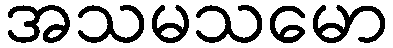
အသမသမော